Lunatic asylums Punjab 1881-1894 - 1881-1894
Year: 1881
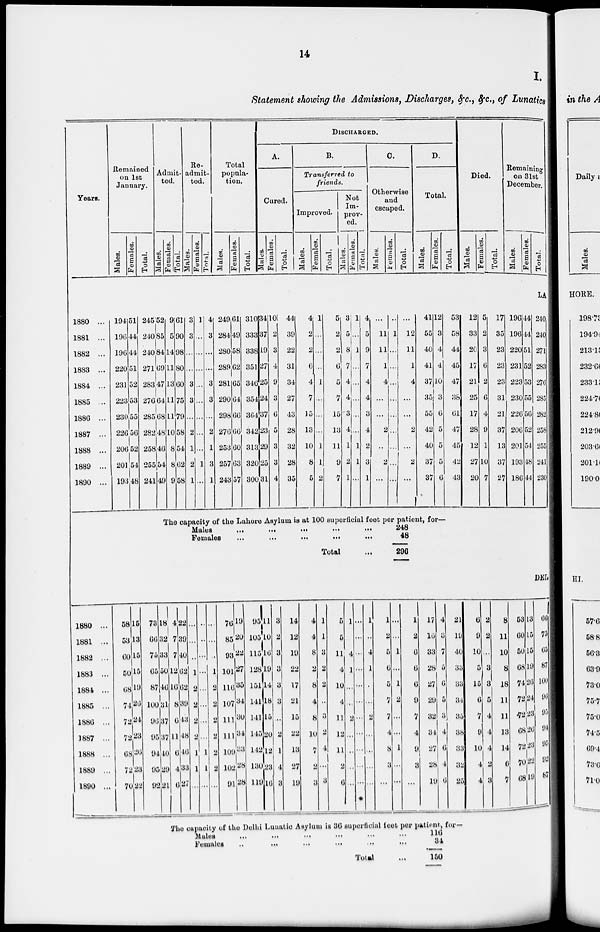
14
I.
Statement showing the Admissions, Discharges, &c., &c., of Lunatics
Years.
1880 ...
1881 ...
1882 ...
1883 ...
1884 ...
1885 ...
1886 ...
1887 ...
1888 ...
1889 ...
1890 ...
Remained
on 1st
January.
Males.
194
196
196
220
231
223
230
226
206
201
193
Females.
51
44
44
51
52
53
55
56
52
54
48
Total.
245
240
240
271
283
276
285
282
258
255
241
Admit-
ted.
Males.
52
85
84
69
47
64
68
48
46
54
49
Females.
9
5
14
11
13
11
11
10
8
8
9
Total.
61
90
98
80
60
75
79
58
54
62
58
Re-
admit-
ted.
Males.
3
3
...
...
3
3
...
2
1
2
1
Females.
1
...
...
...
...
...
...
...
...
1
...
Total.
4
3
...
...
3
3
...
2
1
3
1
Total
popula-
tion.
Males.
249
284
280
289
281
290
298
276
253
257
243
Females.
61
49
58
62
65
64
66
66
60
63
57
Total.
310
333
338
351
346
354
364
342
313
320
300
DISCHARGED.
A.
Cured.
Males.
34
37
19
27
25
24
37
23
29
25
31
Females.
10
2
3
4
9
3
6
5
3
3
4
Total.
44
39
22
31
34
27
43
28
32
28
35
B.
Transferred to
friends.
Improved.
Males.
4
2
2
6
4
7
15
13
10
8
5
Females.
1
...
...
...
1
...
...
...
1
1
2
Total.
5
2
2
6
5
7
15
13
11
9
7
Not
Im-
prov-
ed.
Males.
3
5
8
7
4
4
3
4
1
2
1
Females.
1
...
1
...
...
...
...
...
1
1
...
Total.
4
5
9
7
4
4
3
4
2
3
1
C.
Otherwise
and
cscaped.
Males.
...
11
11
1
4
...
...
2
...
2
...
Females.
...
1
...
...
...
...
...
...
...
...
...
Total.
...
12
11
1
4
...
...
2
...
2
D.
Total.
Males.
41
55
40
41
37
35
55
42
40
37
37
Females.
12
3
4
4
10
3
6
5
5
5
6
Total.
53
58
44
45
47
38
61
47
45
42
43
Died.
Males.
12
33
20
17
21
25
17
28
12
27
20
Females.
5
2
3
6
2
6
4
9
1
10
7
Total.
17
35
23
23
23
31
21
37
13
37
27
Remaining
on 31st
December.
Males.
196
196
220
231
223
230
226
206
201
193
186
Females.
44
44
51
52
53
55
56
52
54
48
44
Total.
LA
240
240
271
283
276
285
282
258
255
241
230
The capacity of the Lahore Asylum is at 100 superficial feet per patient, for—
Males
...
...
...
...
...
Females
...
...
...
...
...
Total ...
248
48
296
DEL
1880 ...
1881 ...
1882 ...
1883 ...
1884 ...
1885 ...
1886 ...
1887 ...
1888 ...
1889 ...
1890 ...
58
53
60
50
68
74
72
72
68
72
70
15
13
15
15
19
26
24
23
26
23
22
73
66
75
65
87
100
96
95
94
95
92
18
32
33
50
46
31
37
37
40
29
21
4
7
7
12
16
8
6
11
6
4
6
22
39
40
62
62
39
43
48
46
33
27
...
...
...
1
2
2
2
2
1
1
...
...
...
...
...
...
...
...
...
1
1
...
...
...
...
1
2
2
2
2
2
2
...
76
85
93
101
116
107
111
111
109
102
91
19
20
22
27
35
34
30
34
33
28
28
95
105
115
128
151
141
141
145
142
130
119
11
10
16
19
14
18
15
20
12
23
16
3
2
3
3
3
3
...
2
1
4
3
14
12
19
22
17
21
15
22
13
27
19
4
4
8
2
8
4
8
10
7
2
3
1
1
3
2
2
...
3
2
4
...
3
5
5
11
4
10
4
11
12
11
2
6
1
4
1
...
...
2
...
...
...
...
...
...
...
...
...
...
...
...
...
...
...
1
...
4
1
...
...
2
...
...
...
...
1
2
5
6
5
7
7
4
8
3
...
...
...
1
...
1
2
...
...
1
...
...
1
2
6
6
6
9
7
4
9
3
...
17
16
33
28
27
29
32
34
27
28
19
4
3
7
5
6
5
3
4
6
4
6
21
19
40
33
33
34
35
38
33
32
25
6
9
10
5
15
6
7
9
10
4
4
2
2
...
3
3
5
4
4
4
2
3
8
11
10
8
18
11
11
13
14
6
7
53
60
50
68
74
72
72
68
72
70
68
13
15
15
19
26
24
23
26
23
22
19
66
75
65
87
100
96
95
94
95
92
87
The capacity of the Delhi Lunatic Asylum is 36 superficial feet per patient, for—
Males ... ... ... ... ... ...
Females ... ... ... ... ... ...
Total ...
116
34
150